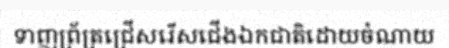
ទាញព្រ័ត្រជ្រើសរើសជើងឯកជាតិដោយចំណាយ